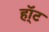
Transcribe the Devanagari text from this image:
हॉ्ट